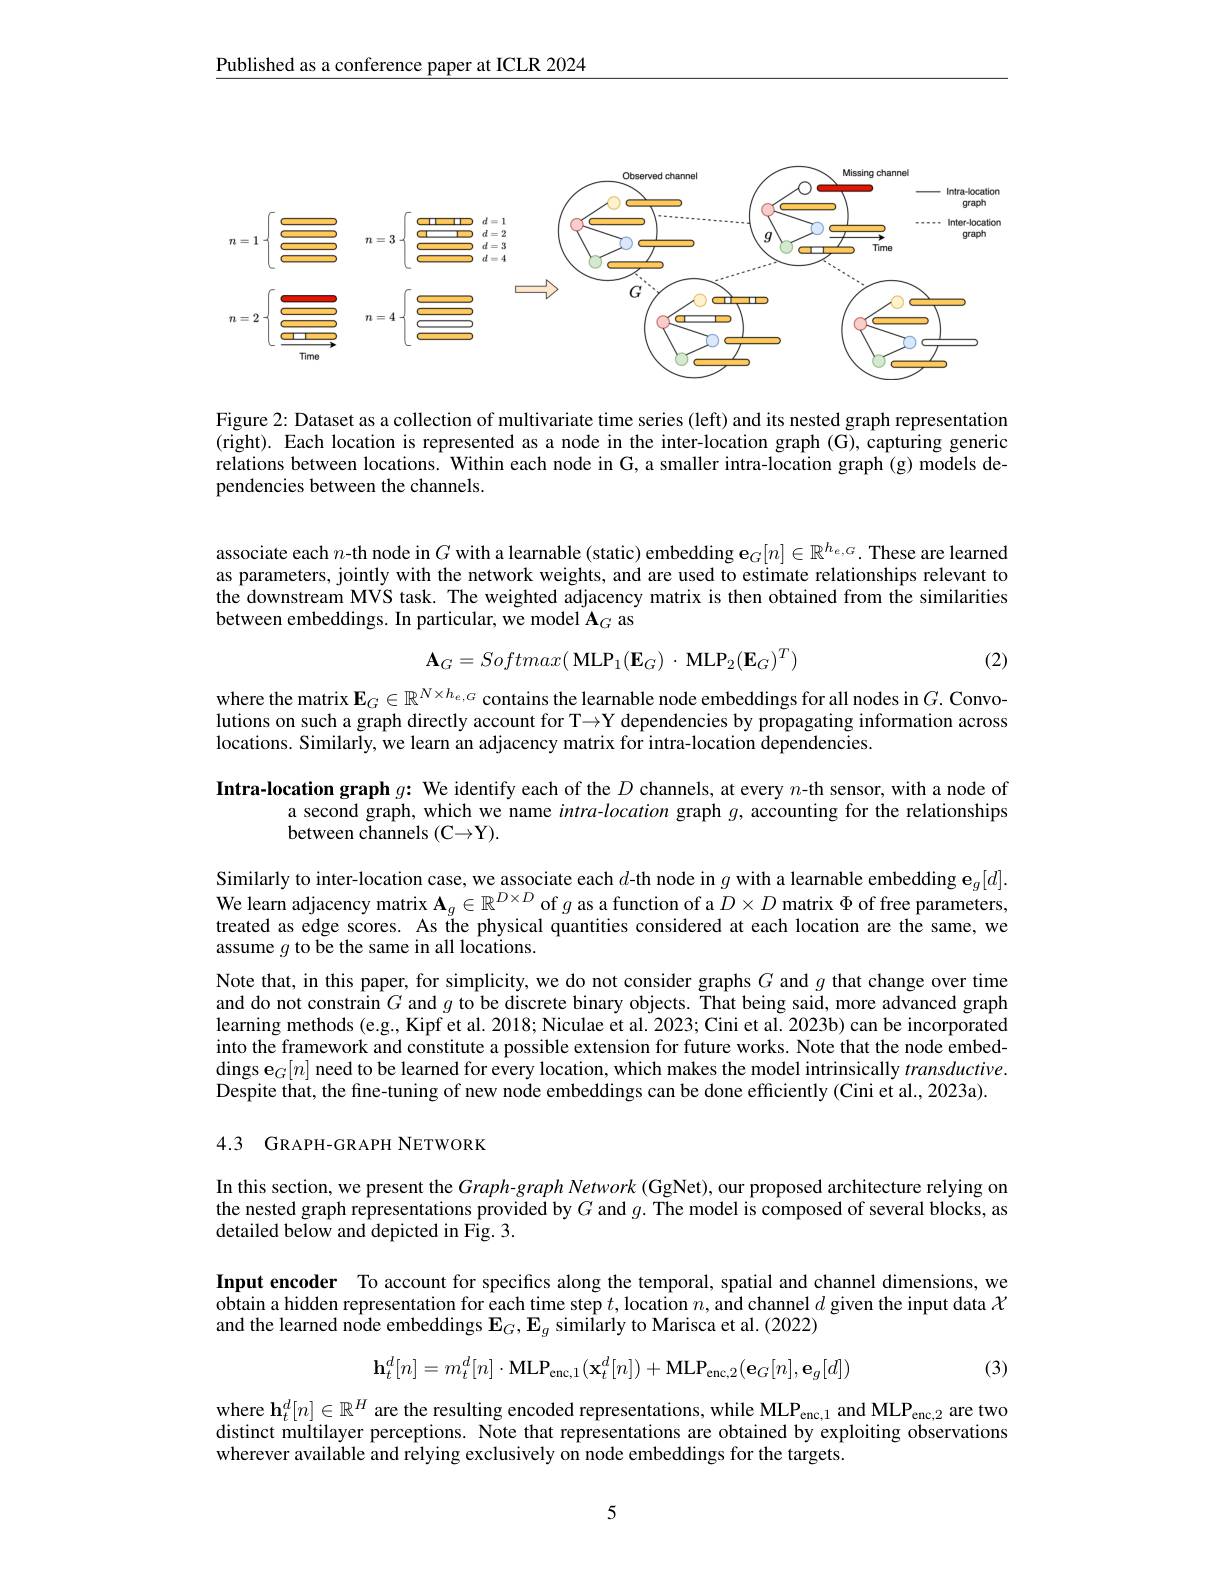
$\underline{\text{Published as a conference paper at ICLR 2024}}$

<FigureHere>

Figure 2: Dataset as a collection of multivariate time series (left) and its nested graph representation (right). Each location is represented as a node in the inter-location graph (G), capturing generic relations between locations. Within each node in G, a smaller intra-location graph (g) models dependencies between the channels.

associate each $n$-th node in $G$withalearnable( static) embedding$\mathbf{e} _G[ n] \in \mathbb{R} ^{h_{e, G}}.$ These are learned as parameters, jointly with the network weights, and are used to estimate relationships relevant to the downstream MVS task. The weighted adjacency matrix is then obtained from the similarities between embeddings. In particular, we model A$_G$ as
$$\mathbf{A}_G=Softmax(\mathbf{MLP}_1(\mathbf{E}_G)\:\cdot\:\mathbf{MLP}_2(\mathbf{E}_G)^T)$$
(2)

where the matrix $\mathbf{E}_G\in\mathbb{R}^{N\times h_{e,G}}$ contains the learnable node embeddings for all nodes in $G.$ Convolutions on such a graph directly account for T→Y dependencies by propagating information across locations. Similarly, we learn an adjacency matrix for intra-location dependencies.

Intra-location graph $g{:}$ We identify each of the $D$ channels, at every $n$-th sensor, with a node of
a second graph, which we name intra-location graph $g$, accounting for the relationships
between channels (C→Y).

Similarly to inter-location case, we associate each $d$-th node in $g$ with a learnable embedding $\mathbf{e}_g[d].$ We learn adjacency matrix $\mathbf{A}_g\in\mathbb{R}^{D\times D}$ of $g$ as a function of a $D\times D$ matrix $\Phi$ of free parameters treated as edge scores. As the physical quantities considered at each location are the same, we assume $g$ to be the same in all locations.
Note that, in this paper, for simplicity, we do not consider graphs $G$ and $g$ that change over time and do not constrain $G$ and $g$ to be discrete binary objects. That being said, more advanced graph learning methods (e.g., Kipf et al. 2018; Niculae et al. 2023; Cini et al. 2023b) can be incorporated into the framework and constitute a possible extension for future works. Note that the node embed- $\text{dings e}_G[ n]$ need to be learned for every location, which makes the model intrinsically $transductive.$ Despite that, the fine-tuning of new node embeddings can be done efficiently (Cini et al., 2023a).

## 4.3 GRAPH-GRAPH NETWORK

In this section, we present the Graph-graph Network (GgNet), our proposed architecture relying on the nested graph representations provided by $G$ and $g.$ The model is composed of several blocks, as detailed below and depicted in Fig. 3.

Input encoder To account for specifics along the temporal, spatial and channel dimensions, we obtain a hidden representation for each time step $t$, location $n$, and channel $d$ given the input data $\mathcal{X}$ and the learned node embeddings $\mathbf{E}_G,\mathbf{E}_g$ similarly to Marisca et al. (2022)
$$\mathbf{h}_{t}^{d}[n]=m_{t}^{d}[n]\cdot\mathbf{MLP}_{\mathrm{enc},1}(\mathbf{x}_{t}^{d}[n])+\mathbf{MLP}_{\mathrm{enc},2}(\mathbf{e}_{G}[n],\mathbf{e}_{g}[d])$$
(3)

where $\mathbf{h}_t^d[n]\in\mathbb{R}^H$ are the resulting encoded representations, while MLP$_\text{enc,1}$ and MLP$_\text{enc,2}$ are two distinct multilayer perceptions. Note that representations are obtained by exploiting observations wherever available and relying exclusively on node embeddings for the targets.

5